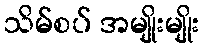
သိမ်စပ် အမျိုးမျိုး